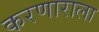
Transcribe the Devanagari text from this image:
करणाराला